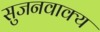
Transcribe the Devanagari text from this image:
सुजनवाक्य